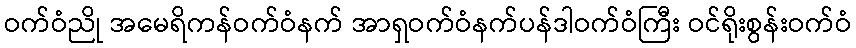
ဝက်ဝံညို အမေရိကန်ဝက်ဝံနက် အာရှဝက်ဝံနက်ပန်ဒါဝက်ဝံကြီး ဝင်ရိုးစွန်းဝက်ဝံ